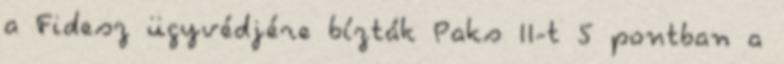
a Fidesz ügyvédjére bízták Paks II-t 5 pontban a